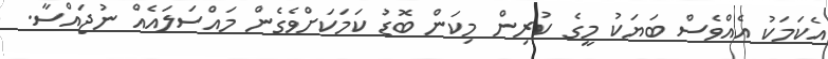
އެކަމަކު އެއްވެސް ބަޔަކު މީގެ ކުރިން މިކަން ބޮޑު ކަމަކަށްވެގެން މައްސަލައެއް ނުޖައްސާ.